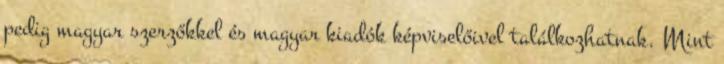
pedig magyar szerzőkkel és magyar kiadók képviselőivel találkozhatnak. Mint